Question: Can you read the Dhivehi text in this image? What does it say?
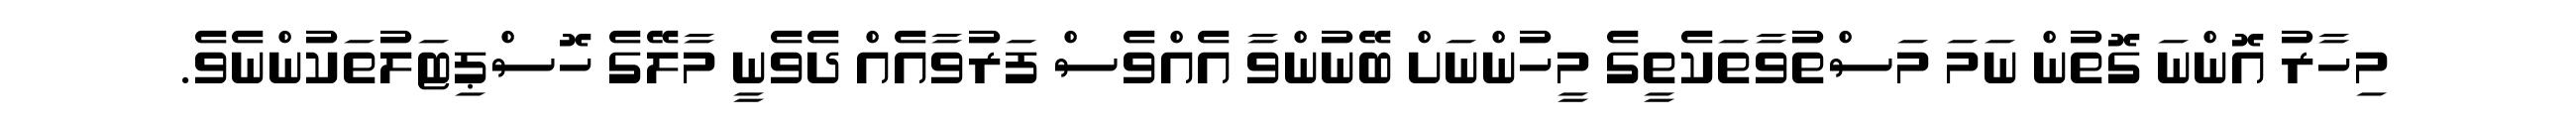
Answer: މިހާރު އޮންނަ ގޮތުން ނަމަ މަސްތުވާތަކެތީގެ މީހުންނަށް ބޭނުންވާ އެއްވެސް ފަރުވާއެއް ދެވެނީ މާލޭގެ ހޮސްޕިޓަލުތަކުންނެވެ.